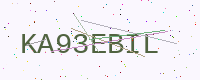
Text: KA93EBIL